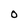
Character: O